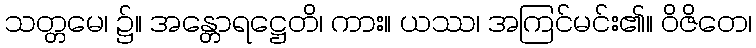
သတ္တမေ၊ ၌။ အန္တောရဋ္ဌေတိ၊ ကား။ ယဿ၊ အကြင်မင်း၏။ ဝိဇိတေ၊